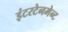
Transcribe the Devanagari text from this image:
इंटरटेनमेन्ट